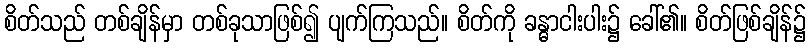
စိတ်သည် တစ်ချိန်မှာ တစ်ခုသာဖြစ်၍ ပျက်ကြသည်။ စိတ်ကို ခန္ဓာငါးပါး၌ ခေါ်၏။ စိတ်ဖြစ်ချိန်၌